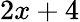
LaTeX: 2x+4